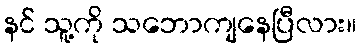
နင် သူ့ကို သဘောကျနေပြီလား။